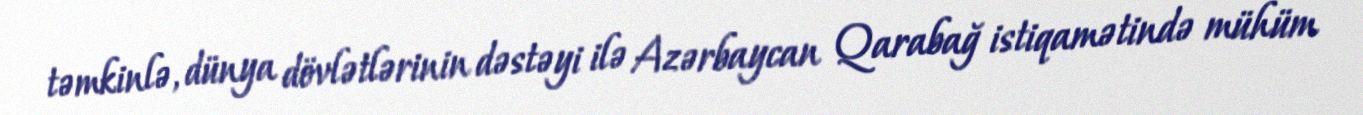
təmkinlə, dünya dövlətlərinin dəstəyi ilə Azərbaycan Qarabağ istiqamətində mühüm